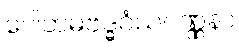
ဂေါတမဗုဒ္ဓဝံသဝဏ္ဏနာ